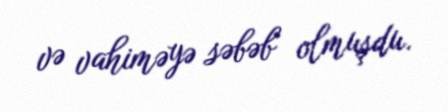
və vahiməyə səbəb olmuşdu.